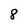
Character: 8